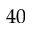
4 0